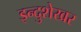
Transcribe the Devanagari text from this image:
इन्दुशेखर